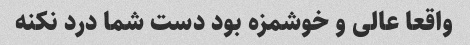
واقعا عالی و خوشمزه بود دست شما درد نکنه